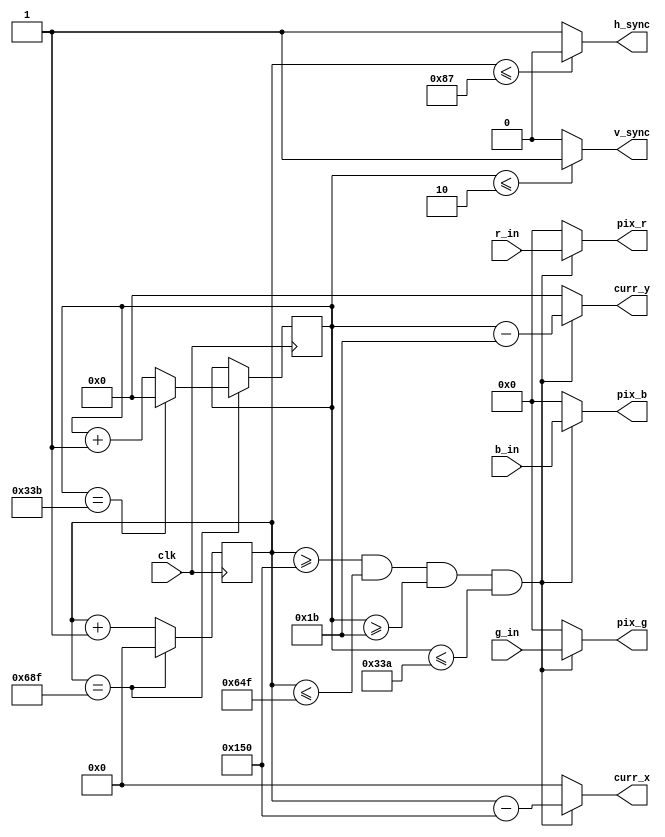
`timescale 1ns / 1ps
//////////////////////////////////////////////////////////////////////////////////
// Company: 
// Engineer: 
// 
// Design Name: 
// Module Name: vga_out
// Project Name: 
// Target Devices: 
// Tool Versions: 
// Description: 
// 
// Dependencies: 
// 
// Revision:
// Revision 0.01 - File Created
// Additional Comments:
// 
//////////////////////////////////////////////////////////////////////////////////




module vga_out(
    input clk,
    input [3:0] r_in, b_in, g_in,
    output [3:0] pix_r, pix_b, pix_g,
    output h_sync, v_sync,
    output [10:0] curr_x,
    output [9:0] curr_y
    );
    
    reg [10:0] hcount = 11'd0;
    reg [9:0] vcount = 10'd0;
        
    assign h_sync = (hcount <= 11'd135) ? 1'b0 : 1'b1;
    assign v_sync = (vcount <= 10'd2)   ? 1'b1 : 1'b0;
    
    //if it is in the valid region, use the inputted color. Otherwise, black. 
    assign pix_r = (hcount >= 11'd336 && hcount <= 11'd1615 && vcount >= 10'd27 && vcount <= 10'd826) ? r_in : 4'd0;
    assign pix_b = (hcount >= 11'd336 && hcount <= 11'd1615 && vcount >= 10'd27 && vcount <= 10'd826) ? b_in : 4'd0;
    assign pix_g = (hcount >= 11'd336 && hcount <= 11'd1615 && vcount >= 10'd27 && vcount <= 10'd826) ? g_in : 4'd0;
    
    // assign the current position with respect to the visibile region 
    assign curr_x = (hcount >= 11'd336 && hcount <= 11'd1615 && vcount >= 10'd27 && vcount <= 10'd826) ? hcount - 11'd336 : 11'd0;
    assign curr_y = (hcount >= 11'd336 && hcount <= 11'd1615 && vcount >= 10'd27 && vcount <= 10'd826) ? vcount - 10'd27 : 10'd0;

    
    
    always @ (posedge clk) begin
     
        if (hcount == 11'd1679)  begin
            hcount <= 11'd0;
            if (vcount == 10'd827)
                vcount <= 10'd0;
            else
                vcount <= vcount + 10'd1;
        end
        else 
            hcount <= hcount +1; 
                    
    end     
endmodule